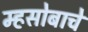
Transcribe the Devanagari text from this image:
म्हसोबाचे